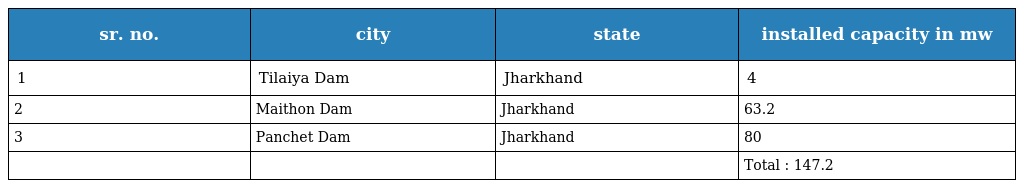
| sr. no. | city | state | installed capacity in mw |
 | --- | --- | --- | --- |
 | 1 | Tilaiya Dam | Jharkhand | 4 |
 | 2 | Maithon Dam | Jharkhand | 63.2 |
 | 3 | Panchet Dam | Jharkhand | 80 |
 |  |  |  | Total : 147.2 |